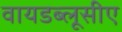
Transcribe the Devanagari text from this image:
वायडब्लूसीए